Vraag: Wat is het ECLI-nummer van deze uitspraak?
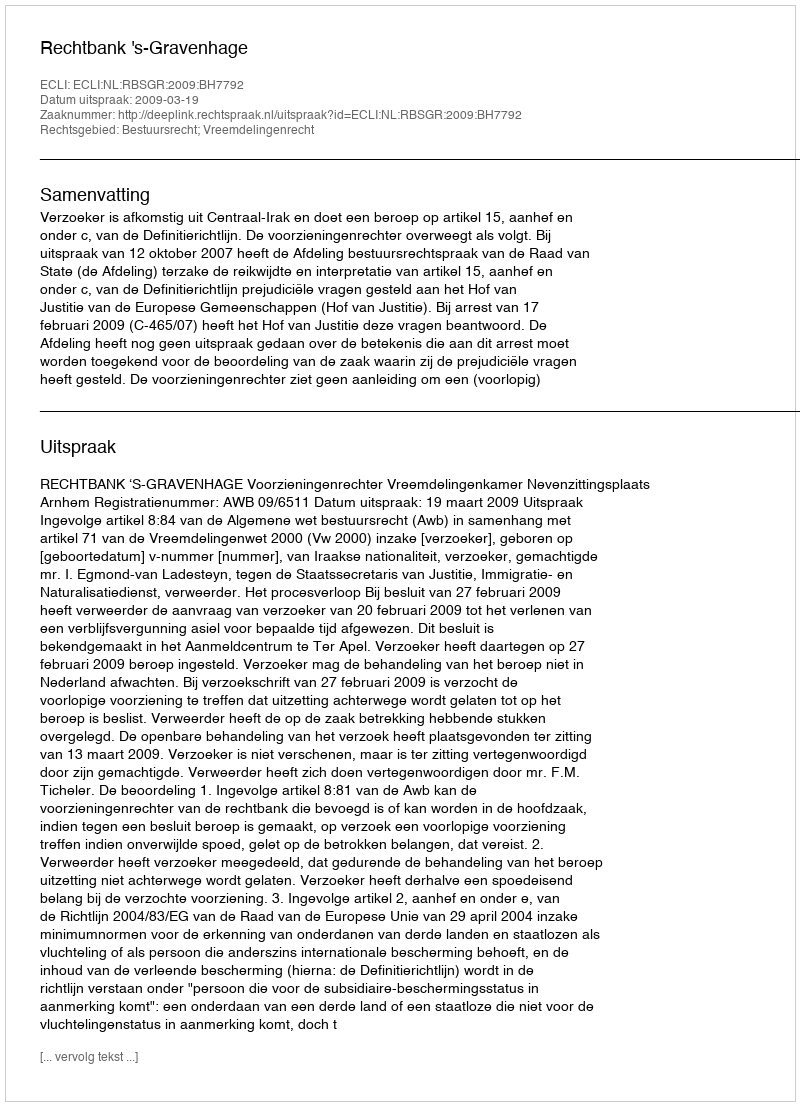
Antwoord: ECLI:NL:RBSGR:2009:BH7792